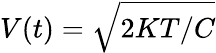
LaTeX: V(t)=\sqrt{2KT/C}